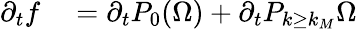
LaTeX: \begin{array}{rl}{\partial_{t}f}&{{}=\partial_{t}P_{0}(\Omega)+\partial_{t}P_{k\geq k_{M}}\Omega}\end{array}